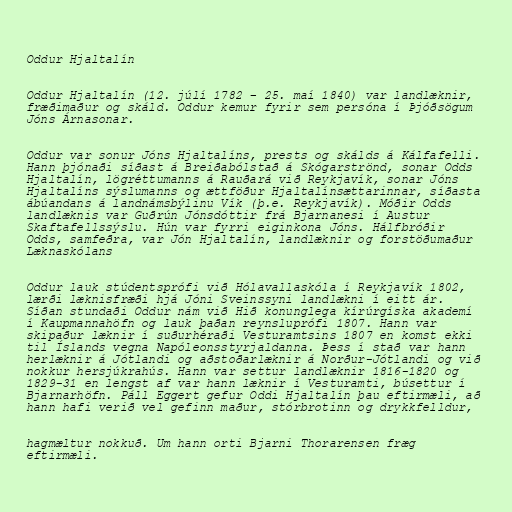
Oddur Hjaltalín

Oddur Hjaltalín (12. júlí 1782 – 25. maí 1840) var landlæknir,
fræðimaður og skáld. Oddur kemur fyrir sem persóna í Þjóðsögum
Jóns Árnasonar.

Oddur var sonur Jóns Hjaltalíns, prests og skálds á Kálfafelli.
Hann þjónaði síðast á Breiðabólstað á Skógarströnd, sonar Odds
Hjaltalín, lögréttumanns á Rauðará við Reykjavík, sonar Jóns
Hjaltalíns sýslumanns og ættföður Hjaltalínsættarinnar, síðasta
ábúandans á landnámsbýlinu Vík (þ.e. Reykjavík). Móðir Odds
landlæknis var Guðrún Jónsdóttir frá Bjarnanesi í Austur
Skaftafellssýslu. Hún var fyrri eiginkona Jóns. Hálfbróðir
Odds, samfeðra, var Jón Hjaltalín, landlæknir og forstöðumaður
Læknaskólans

Oddur lauk stúdentsprófi við Hólavallaskóla í Reykjavík 1802,
lærði læknisfræði hjá Jóni Sveinssyni landlækni í eitt ár.
Síðan stundaði Oddur nám við Hið konunglega kírúrgíska akademí
í Kaupmannahöfn og lauk þaðan reynsluprófi 1807. Hann var
skipaður læknir í suðurhéraði Vesturamtsins 1807 en komst ekki
til Íslands vegna Napóleonsstyrjaldanna. Þess í stað var hann
herlæknir á Jótlandi og aðstoðarlæknir á Norður-Jótlandi og við
nokkur hersjúkrahús. Hann var settur landlæknir 1816-1820 og
1829-31 en lengst af var hann læknir í Vesturamti, búsettur í
Bjarnarhöfn. Páll Eggert gefur Oddi Hjaltalín þau eftirmæli, að
hann hafi verið vel gefinn maður, stórbrotinn og drykkfelldur,

hagmæltur nokkuð. Um hann orti Bjarni Thorarensen fræg
eftirmæli.